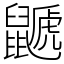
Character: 鼶